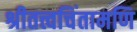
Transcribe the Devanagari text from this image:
श्रीतत्त्वचिंतामणि